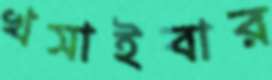
খসাইবার